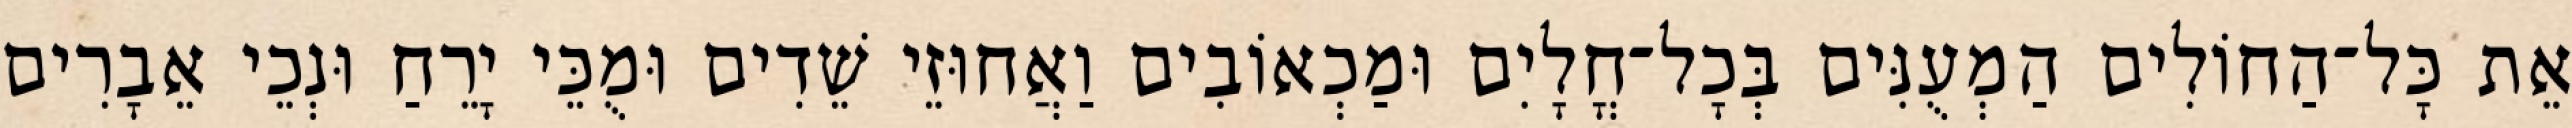
אֵת כָּל־הַחוֹלִים הַמְעֻנִּים בְּכָל־חֳלָיִם וּמַכְאוֹבִים וַאֲחוּזֵי שֵׁדִים וּמֻכֵּי יָרֵחַ וּנְכֵי אֵבָרִים